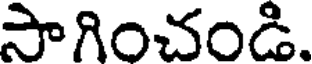
సాగించండి.